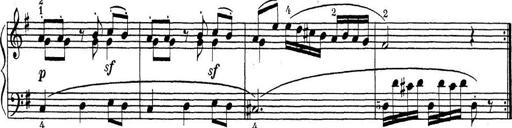
Title: ÄŒeskÃ© Sonatiny
Composer: Various